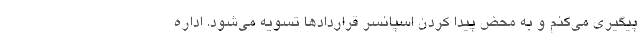
پیگیری می‌کنم و به محض پیدا کردن اسپانسر قراردادها تسویه می‌شود. اداره